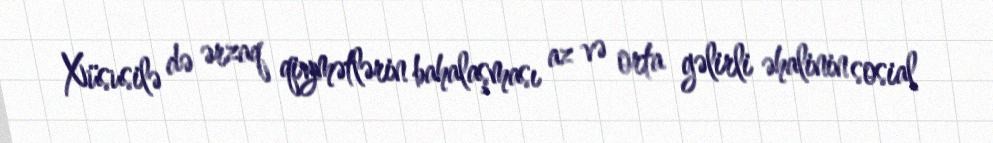
Xüsusilə də ərzaq qiymətlərin bahalaşması az və orta gəlirli əhalinin sosial